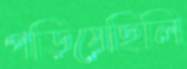
পড়িয়েছিলি